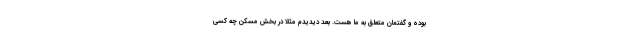
بوده و گفتمان متعلق به ما هست. بعد دیدیدم مثلا در بخش مسکن چه کسی